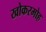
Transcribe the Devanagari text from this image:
खोकरमोह